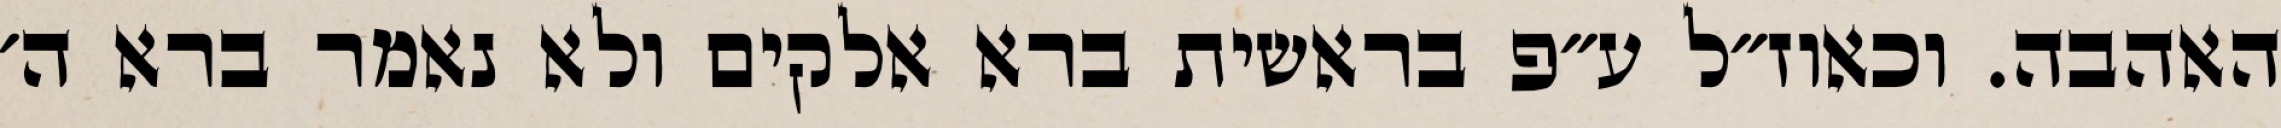
האהבה. וכאוז״ל ע״פ בראשית ברא אלקים ולא נאמר ברא ה׳